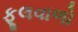
ફૂલવાળો